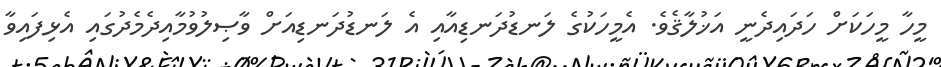
މީހާ މީހަކަށް ހަދައިދެނީ އަޚުލާޤެވެ. އެމީހަކުގެ ލަނޑުދަނޑިއާއި އެ ލަނޑުދަނޑިއަށް ވާޞިލުވުމާއިދެމެދުގައި އެޅިފައިވާ